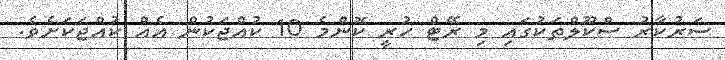
ސަރުކާރު ސްކޫލްތަކުގައި މި ރޭޓް ހުރީ ކޮންމެ 10 ކުއްޖަކުން އެއް ކުއްޖަކަށެވެ.